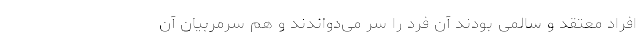
افراد معتقد و سالمی بودند آن فرد را سر می‌دواندند و هم سرمربیان آن